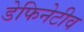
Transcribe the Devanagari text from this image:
डेफिनेटीव